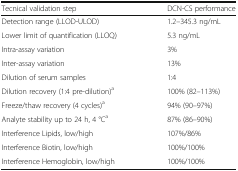
<table><thead><tr><td><b>Tecnical validation step</b></td><td><b>DCN-CS performance</b></td></tr></thead><tbody><tr><td>Detection range (LLOD-ULOD)</td><td>1.2–345.3 ng/mL</td></tr><tr><td>Lower limit of quantification (LLOQ)</td><td>5.3 ng/mL</td></tr><tr><td>Intra-assay variation</td><td>3%</td></tr><tr><td>Inter-assay variation</td><td>13%</td></tr><tr><td>Dilution of serum samples</td><td>1:4</td></tr><tr><td>Dilution recovery (1:4 pre-dilution)<sup>a</sup></td><td>100% (82–113%)</td></tr><tr><td>Freeze/thaw recovery (4 cycles)<sup>a</sup></td><td>94% (90–97%)</td></tr><tr><td>Analyte stability up to 24 h, 4 °C<sup>a</sup></td><td>87% (86–90%)</td></tr><tr><td>Interference Lipids, low/high</td><td>107%/86%</td></tr><tr><td>Interference Biotin, low/high</td><td>100%/100%</td></tr><tr><td>Interference Hemoglobin, low/high</td><td>100%/100%</td></tr></tbody></table>